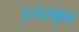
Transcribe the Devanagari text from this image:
इयरबुक